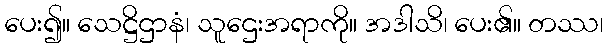
ပေး၍။ သေဋ္ဌိဌာနံ၊ သူဌေးအရာကို။ အဒါသိ၊ ပေး၏။ တဿ၊